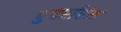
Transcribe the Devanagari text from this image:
पुनर्रारंभ